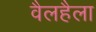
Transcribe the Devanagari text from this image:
वैलहैला